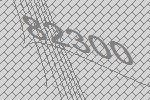
82300